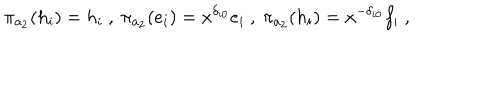
\pi _ { a _ { 2 } } ( h _ { i } ) = h _ { i } \ , \ \pi _ { a _ { 2 } } ( e _ { i } ) = x ^ { \delta _ { i 0 } } e _ { i } \ , \ \pi _ { a _ { 2 } } ( h _ { i } ) = x ^ { - \delta _ { i 0 } } f _ { i } \ ,